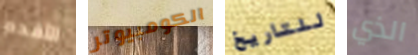
الأقدم الكومبيوتر للتاريخ الذي